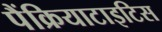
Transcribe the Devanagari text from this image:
पैंक्रियाटाइटिस